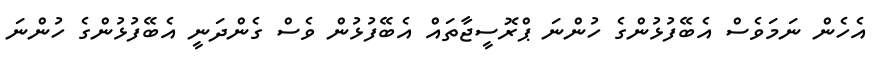
އެހެން ނަމަވެސް އެބޭފުޅުންގެ ހުންނަ ޕްރޮސީޖާތައް އެބޭފުޅުން ވެސް ގެންދަނީ އެބޭފުޅުންގެ ހުންނަ